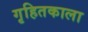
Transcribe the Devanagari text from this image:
गृहितकाला